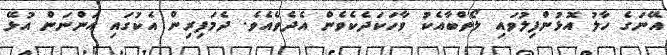
އޭނަގެ ހާލު އޮޅުންފިިލުވައި ލޯތްބާއެކު ވާހަކަދެކެވެން އެދެވެއެވެ. ދެމަފިރިން އެކުގައި އަންނަން އުޅޭ